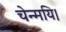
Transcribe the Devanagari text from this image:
चेन्मयि।